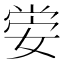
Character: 𡝷